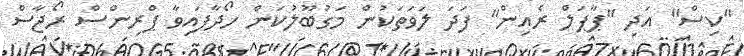
"ކިސް" އަދި "ޕާޕަލް ރެއިން" ފަދަ ލަވަތަކުން މަގުބޫލުކަން ހޯދާފައިވާ ޕްރިންސް ރޯޖާސް